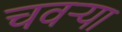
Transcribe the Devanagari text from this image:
चवऱ्या